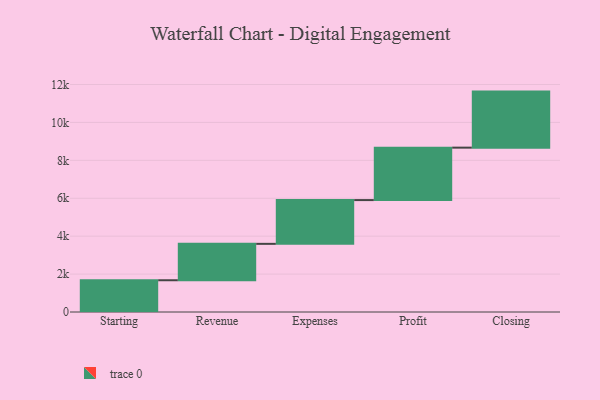
{"axis": {"x": "Step", "y": "Value"}, "legend": [""], "data": [{"x": "Starting", "y": 1675.0, "type": ""}, {"x": "Revenue", "y": 1920.0, "type": ""}, {"x": "Expenses", "y": 2308.0, "type": ""}, {"x": "Profit", "y": 2767.0, "type": ""}, {"x": "Closing", "y": 2956.0, "type": ""}]}